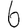
Digit: 6